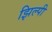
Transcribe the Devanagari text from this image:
झिल्पी